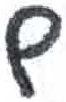
אות: ם